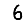
Digit: 6